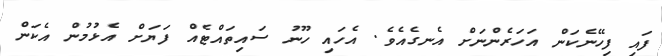
ފައި ފިހޭނެކަން އަހަރެންނަށް އެނގެއެވެ. އެހައި ހޫނު ސައިތައްޓެއް ފަޔަށް އެޅުމުން އެކަން